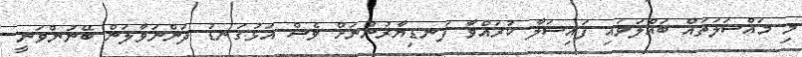
މި މައްސަލަތައް ބައްލަވައި ފައިސަލާ ކުރައްވާ ފަނޑިޔާރުންނަށް ވެސް އަޅުގަނޑު ދަންނަވާލަން ބޭނުންވަނީ